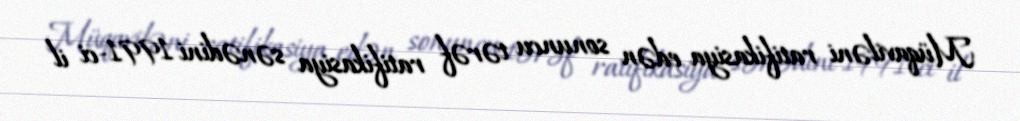
Müqaviləni ratifikasiya edən sonuncu tərəf ratifikasiya sənədini 1991-ci il